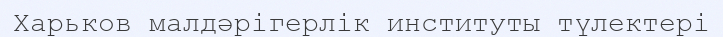
Харьков малдәрігерлік институты түлектері